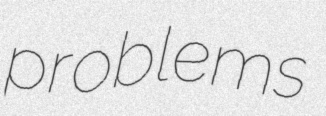
problems